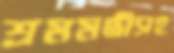
শ্রমমন্ত্রীসহ